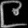
Digit: ၉